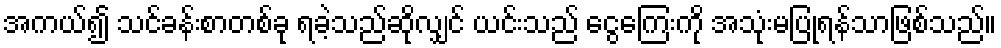
အကယ်၍ သင်ခန်းစာတစ်ခု ရခဲ့သည်ဆိုလျှင် ယင်းသည် ငွေကြေးကို အသုံးမပြုရန်သာဖြစ်သည်။